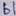
Text: b1